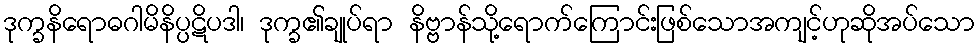
ဒုက္ခနိရောဓဂါမိနိပ္ပဋိပဒါ၊ ဒုက္ခ၏ချုပ်ရာ နိဗ္ဗာန်သို့ရောက်ကြောင်းဖြစ်သောအကျင့်ဟုဆိုအပ်သော